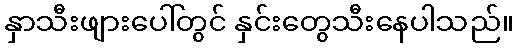
နှာသီးဖျားပေါ်တွင် နှင်းတွေသီးနေပါသည်။